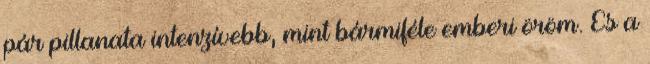
pár pillanata intenzívebb, mint bármiféle emberi öröm. És a